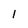
Character: 1